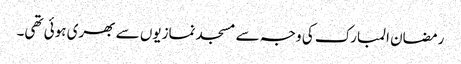
رمضان المبارک کی وجہ سے مسجد نمازیوں سے بھری ہوئی تھی۔